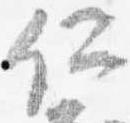
仁